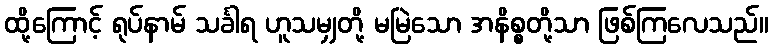
ထို့ကြောင့် ရုပ်နာမ် သင်္ခါရ ဟူသမျှတို့ မမြဲသော အနိစ္စတို့သာ ဖြစ်ကြလေသည်။